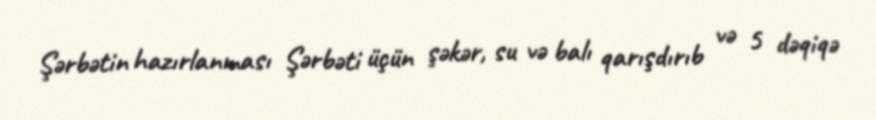
Şərbətin hazırlanması Şərbəti üçün şəkər, su və balı qarışdırıb və 5 dəqiqə